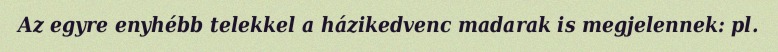
Az egyre enyhébb telekkel a házikedvenc madarak is megjelennek: pl.